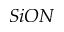
S i O N